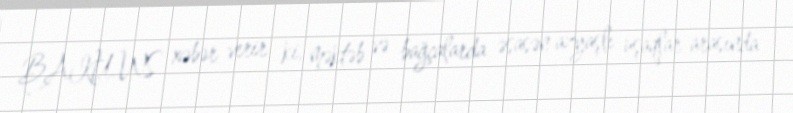
BAKU.WS xəbər verir ki, məktəb və bağçalarda əsasən azyaşlı uşaqlar arasında